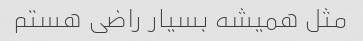
مثل همیشه بسیار راضی هستم